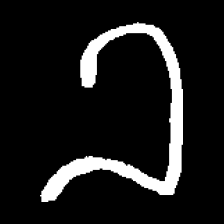
Pyu character \u2014 Myanmar letter: ခ (romanized: kha)